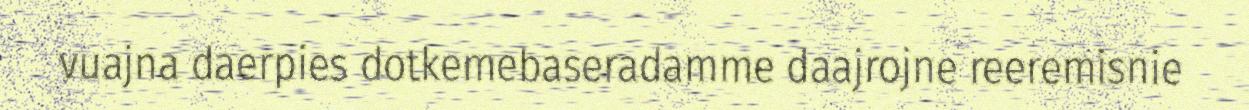
vuajna daerpies dotkemebaseradamme daajrojne reeremisnie